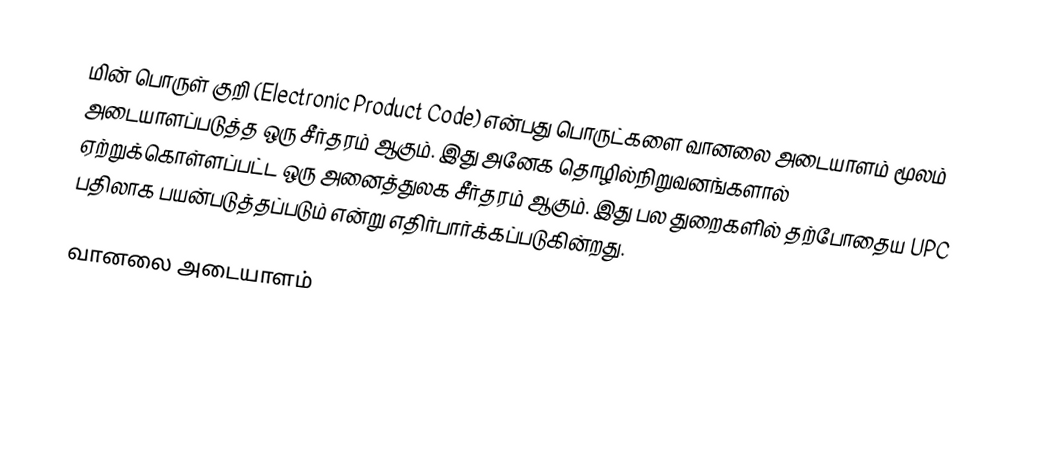
மின் பொருள் குறி (Electronic Product Code) என்பது பொருட்களை வானலை அடையாளம் மூலம் அடையாளப்படுத்த ஒரு சீர்தரம் ஆகும்.  இது அனேக தொழில்நிறுவனங்களால் ஏற்றுக்கொள்ளப்பட்ட ஒரு அனைத்துலக சீர்தரம் ஆகும்.  இது பல துறைகளில் தற்போதைய UPC பதிலாக பயன்படுத்தப்படும் என்று எதிர்பார்க்கப்படுகின்றது.

வானலை அடையாளம்